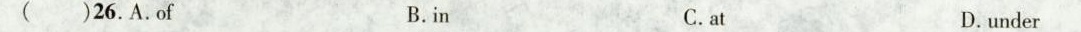
( )26.A.of B.in C.at D.under